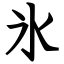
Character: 氷